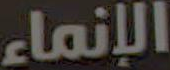
الإنماء